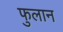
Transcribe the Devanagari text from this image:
फुलान